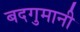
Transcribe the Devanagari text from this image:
बदगुमानी